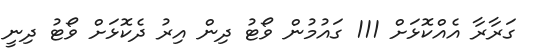
ގަރާރާ އެއްކޮޅަށް 111 ގައުމުން ވޯޓު ދިން އިރު ދެކޮޅަށް ވޯޓު ދިނީ